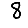
Digit: 8